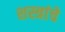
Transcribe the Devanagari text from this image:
शस्‍त्रांचे